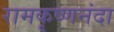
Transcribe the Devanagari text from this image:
रामकृष्णनंदा